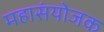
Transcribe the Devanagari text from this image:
महासंयोजक